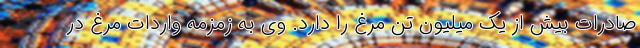
صادرات بیش از یک میلیون تن مرغ را دارد. وی به زمزمه واردات مرغ در